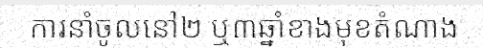
ការនាំចូលនៅ២ ឬ៣ឆ្នាំខាងមុខតំណាង